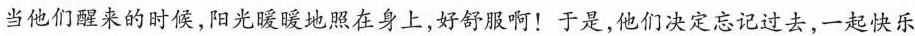
当他们醒来的时候，阳光暖暖地照在身上，好舒服啊！于是，他们决定忘记过去，一起快乐